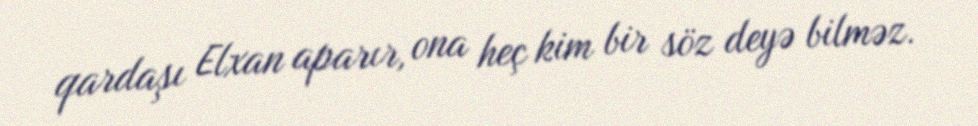
qardaşı Elxan aparır, ona heç kim bir söz deyə bilməz.